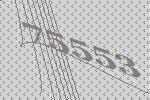
75553